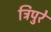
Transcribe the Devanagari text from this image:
त्रिपुरे